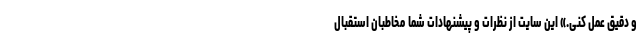
و دقیق عمل کنی.» این سایت از نظرات و پیشنهادات شما مخاطبان استقبال